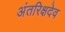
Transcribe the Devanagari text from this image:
अंतरिक्षदेव